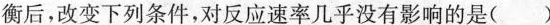
衡后，改变下列条件，对反应速率几乎没有影响的是( )